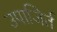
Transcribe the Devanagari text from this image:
उपाजिर्त